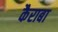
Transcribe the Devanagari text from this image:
कैराबा